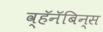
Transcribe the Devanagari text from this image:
व्हॅनॅबिन्स